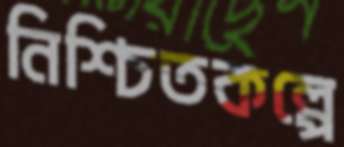
নিশ্চিতকল্পে